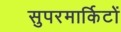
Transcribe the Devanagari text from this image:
सुपरमार्किटों